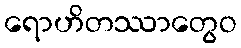
ရောဟိတဿာတွေဝ